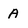
Character: A